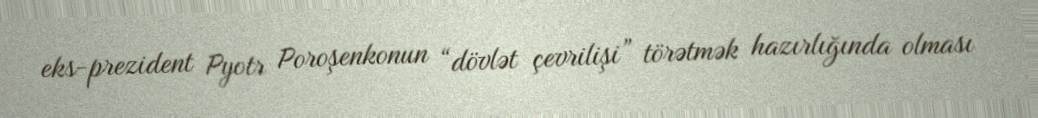
eks-prezident Pyotr Poroşenkonun “dövlət çevrilişi” törətmək hazırlığında olması